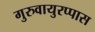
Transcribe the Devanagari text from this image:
गुरुवायुरप्पास